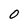
Character: O